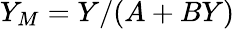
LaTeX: Y_{M}=Y/(A+BY)